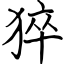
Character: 猝